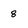
Character: 8